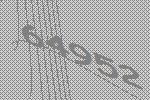
64952